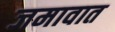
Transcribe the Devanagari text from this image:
जमावात